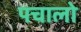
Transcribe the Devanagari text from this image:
पचालो